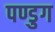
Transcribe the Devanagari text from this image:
पण्डुग